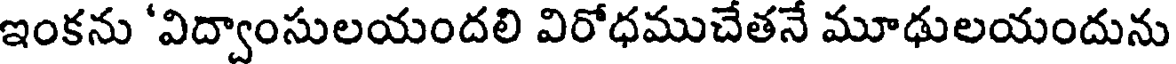
ఇంకను 'విద్వాంసులయందలి విరోధముచేతనే మూఢులయందును